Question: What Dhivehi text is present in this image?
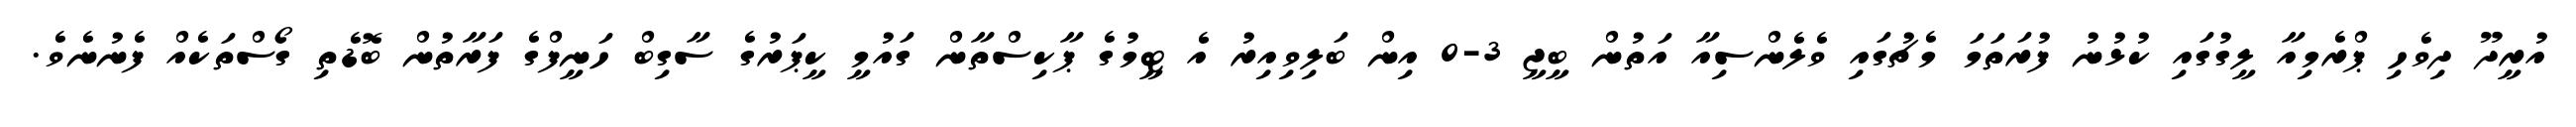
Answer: އުރީދޫ ދިވެހި ޕްރެމިއާ ލީގުގައި ކުޅުނު ފުރަތަމަ މެޗުގައި ވެލެންސިއާ އަތުން ބީޖީ 3-0 އިން ބަލިވިއިރު އެ ޓީމުގެ ޕާކިސްތާން ގައުމީ ކީޕަރުގެ ސާގިބް ހަނީފްގެ ފަރާތުން ބޮޑެތި ގޯސްތަކެއް ފެނުނެވެ.